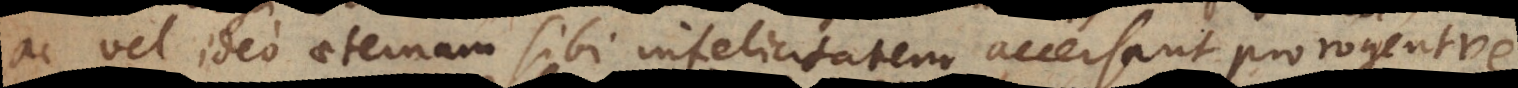
ac vel ideo aeternam sibi infelicitatem accersant prorogentve.